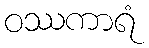
ဝဿကာရံ